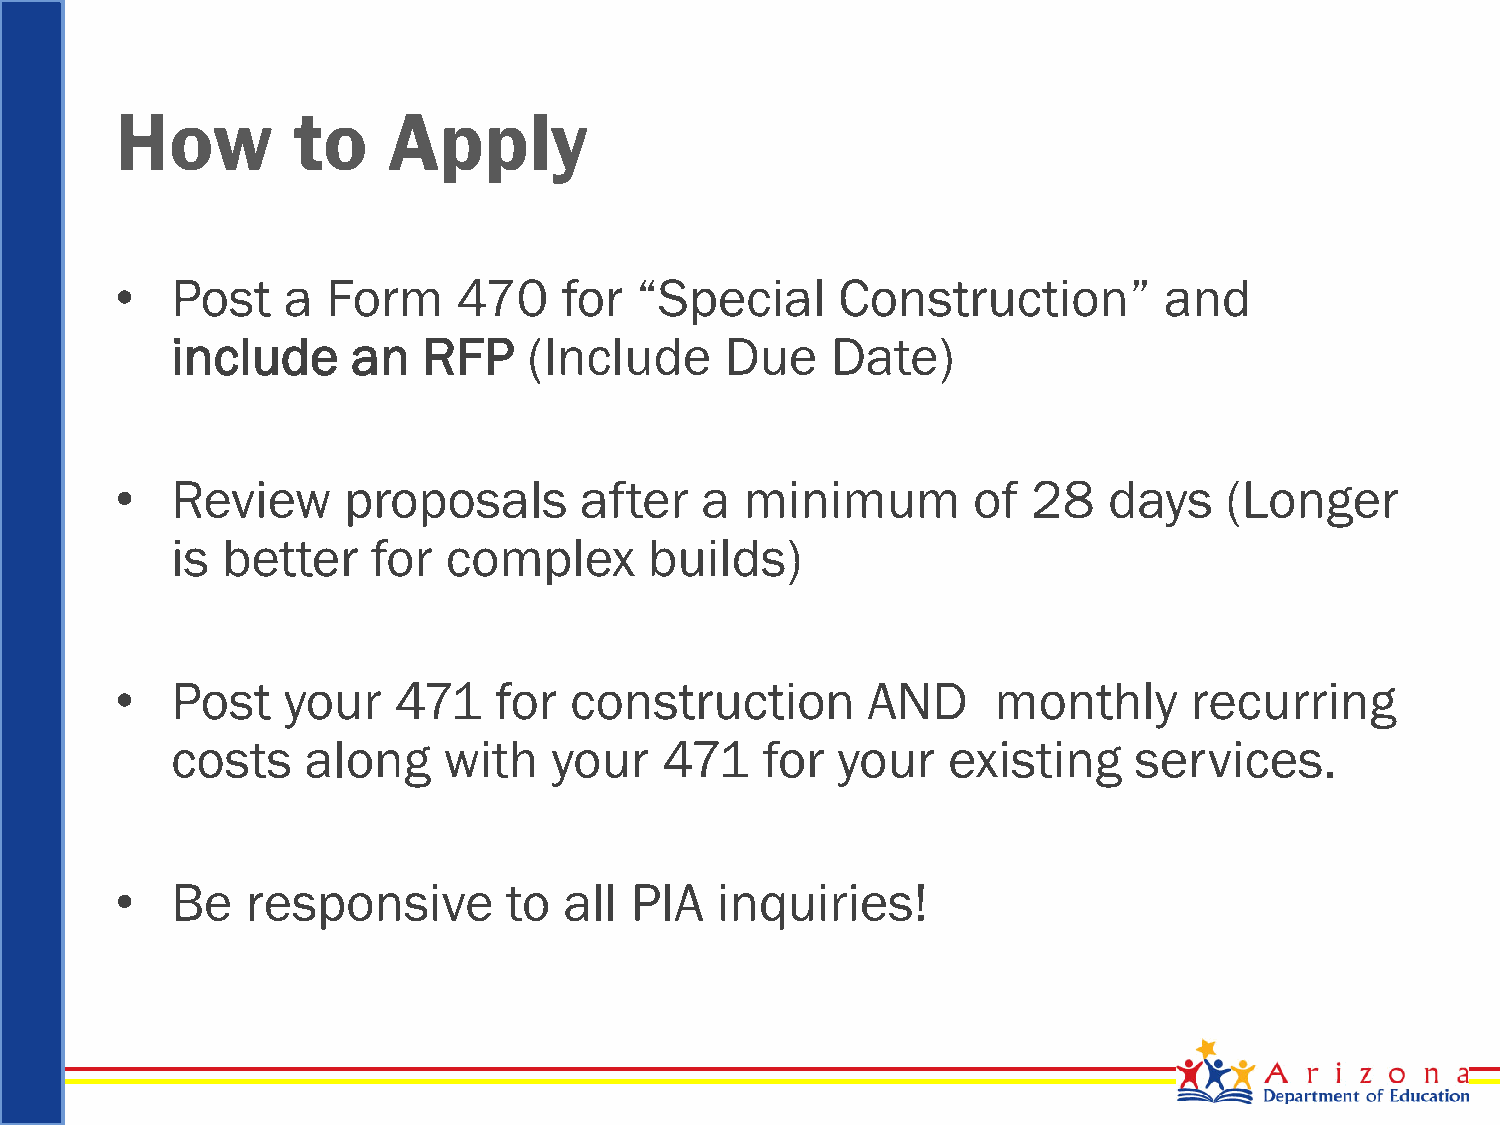
How        to     Apply
 •  Post    a  Form    470    for  “Special      Construction”        and
 include     an   RFP    (Include     Due    Date)
 •  Review      proposals      after   a  minimum        of  28   days    (Longer
 is  better    for  complex      builds)
 •  Post    your   471    for  construction       AND      monthly      recurring
 costs    along    with    your   471    for your    existing    services.
 •  Be   responsive        to all  PIA  inquiries!